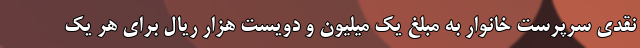
نقدی سرپرست خانوار به مبلغ یک میلیون و دویست هزار ریال برای هر یک